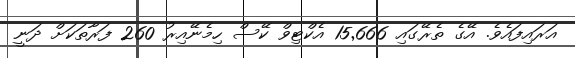
އަރައިފައެވެ. އޭގެ ތެރޭގައި 15